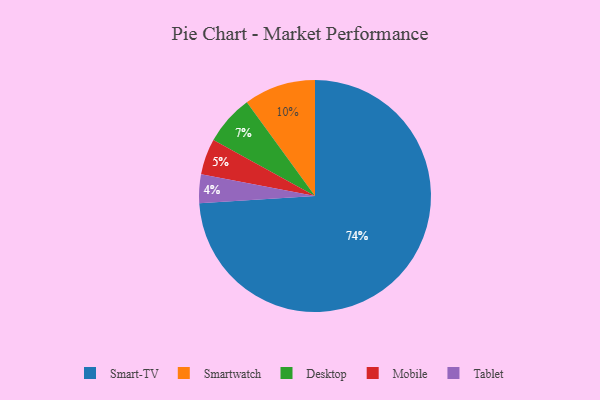
{"axis": {"x": "Category", "y": "Percentage"}, "legend": ["Desktop", "Mobile", "Smart-TV", "Smartwatch", "Tablet"], "data": [{"x": "Desktop", "y": 7, "type": "Desktop"}, {"x": "Mobile", "y": 5, "type": "Mobile"}, {"x": "Smart-TV", "y": 74, "type": "Smart-TV"}, {"x": "Tablet", "y": 4, "type": "Tablet"}, {"x": "Smartwatch", "y": 10, "type": "Smartwatch"}]}